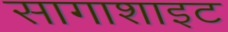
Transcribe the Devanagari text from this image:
सागाशाइट